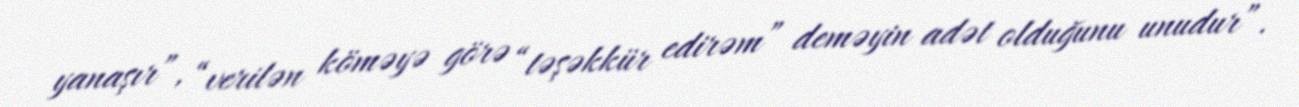
yanaşır”, “verilən köməyə görə “təşəkkür edirəm” deməyin adət olduğunu unudur”.